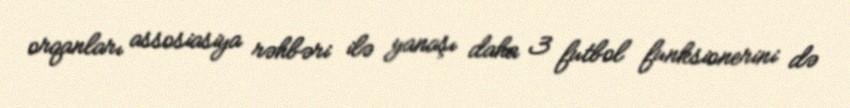
orqanları assosiasiya rəhbəri ilə yanaşı daha 3 futbol funksionerini də